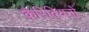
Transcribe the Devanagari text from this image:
कैरिबियनों